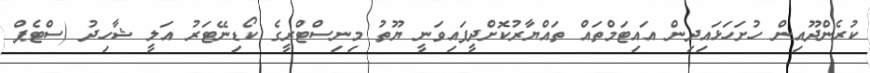
ކުރެންދޫއިން ހުށަހަޅައިދިން އައިޓަމްތައް ތައްޔާރުކޮށްދީފައިވަނީ ޔޫތު މިނިސްޓްރީގެ ކޯޑިނޭޓަރު އަލީ ޝާހިދު (ސްޓެޕް